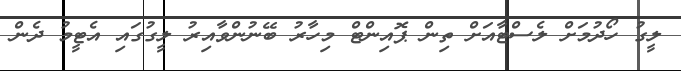
ލީގު ހޯދުމަށް ލެސްޓާއަށް ތިން ޕޮއިންޓް މިހާރު ބޭނުންވާއިރު ލީގުގައި އެޓީމު ދެން